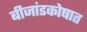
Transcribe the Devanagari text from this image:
बीजांडकोषात